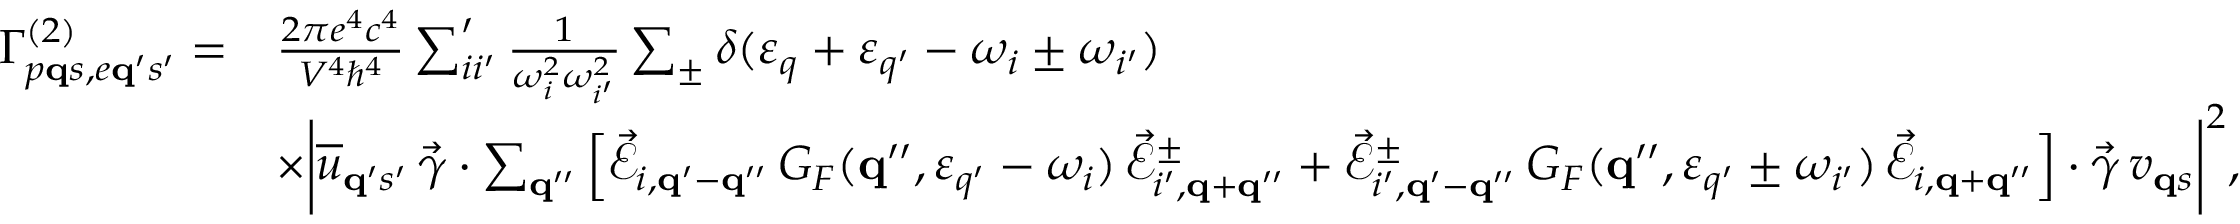
\begin{array} { r l } { \Gamma _ { p { \bf q } s , e { \bf q } ^ { \prime } s ^ { \prime } } ^ { ( 2 ) } = } & { \frac { 2 \pi e ^ { 4 } c ^ { 4 } } { V ^ { 4 } \hbar ^ { 4 } } \sum _ { i i ^ { \prime } } ^ { \prime } \frac { 1 } { \omega _ { i } ^ { 2 } \omega _ { i ^ { \prime } } ^ { 2 } } \sum _ { \pm } \delta ( \varepsilon _ { q } + \varepsilon _ { q ^ { \prime } } - \omega _ { i } \pm \omega _ { i ^ { \prime } } ) } \\ & { \times \bigg | \overline { { u } } _ { { \bf q } ^ { \prime } s ^ { \prime } } \, \vec { \gamma } \cdot \sum _ { { \bf q } ^ { \prime \prime } } \Big [ \vec { \mathcal { E } } _ { i , { \bf q } ^ { \prime } - { \bf q } ^ { \prime \prime } } \, G _ { F } ( { \bf q } ^ { \prime \prime } , \varepsilon _ { q ^ { \prime } } - \omega _ { i } ) \, \vec { \mathcal { E } } _ { i ^ { \prime } , { \bf q } + { \bf q } ^ { \prime \prime } } ^ { \pm } + \vec { \mathcal { E } } _ { i ^ { \prime } , { \bf q } ^ { \prime } - { \bf q } ^ { \prime \prime } } ^ { \pm } \, G _ { F } ( { \bf q } ^ { \prime \prime } , \varepsilon _ { q ^ { \prime } } \pm \omega _ { i ^ { \prime } } ) \, \vec { \mathcal { E } } _ { i , { \bf q } + { \bf q } ^ { \prime \prime } } \Big ] \cdot \vec { \gamma } \, v _ { { \bf q } s } \bigg | ^ { 2 } , } \end{array}